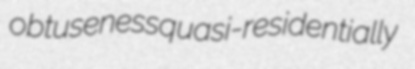
obtuseness quasi-residentially